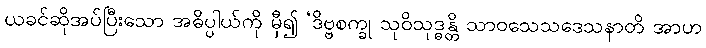
ယခင်ဆိုအပ်ပြီးသော အဓိပ္ပါယ်ကို မှီ၍ ‘ဒိဗ္ဗစက္ခု သုဝိသုဒ္ဓန္တိ သာဝသေသဒေသနာတိ အာဟ